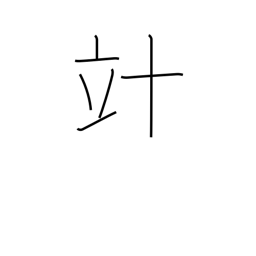
Meaning: decalitre